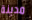
مدينة